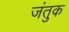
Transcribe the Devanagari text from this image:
जंतुक